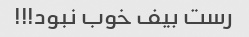
رست بیف خوب نبود!!!